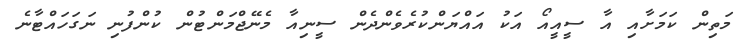
މަތިން ކަމަށާއި އާ ސީއީއޯ އަކު އައްޔަންކުރެވެންދެން ސީނިއާ މެނޭޖްމަންޓުން ކުންފުނި ނަގަހައްޓާނެ